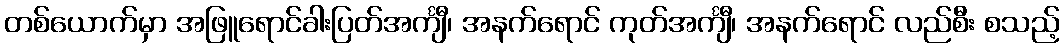
တစ်ယောက်မှာ အဖြူရောင်ခါးပြတ်အင်္ကျီ၊ အနက်ရောင် ကုတ်အင်္ကျီ၊ အနက်ရောင် လည်စီး စသည့်